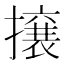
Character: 𭢯